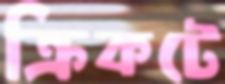
ক্রিকটে